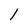
Character: l